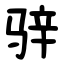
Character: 骍